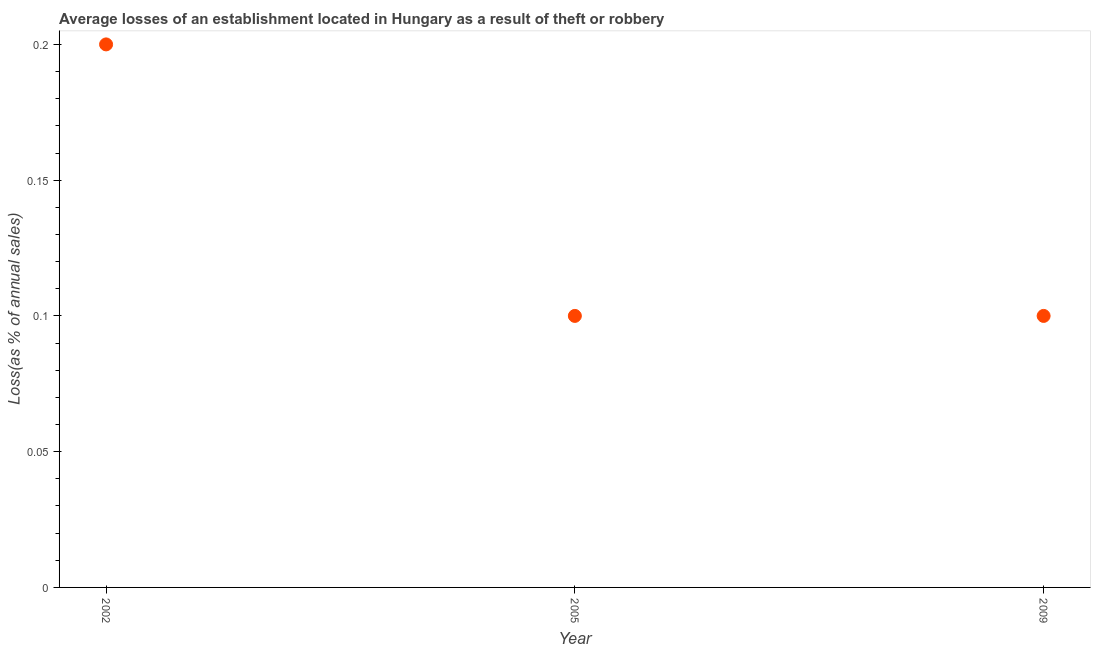
| Year | Losses due to theft |
 | --- | --- |
 | 2002 | 0.2 |
 | 2005 | 0.1 |
 | 2009 | 0.1 |